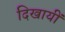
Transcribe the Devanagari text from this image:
दिखायीं